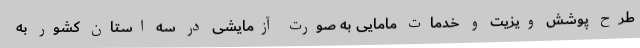
طرح پوشش ویزیت و خدمات مامایی به صورت آزمایشی در سه استان کشور به